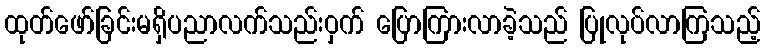
ထုတ်ဖော်ခြင်းမရှိပညာလက်သည်းဝှက် ပြောကြားလာခဲ့သည် ပြုလုပ်လာကြသည့်